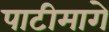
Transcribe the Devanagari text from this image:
पाटीमागे